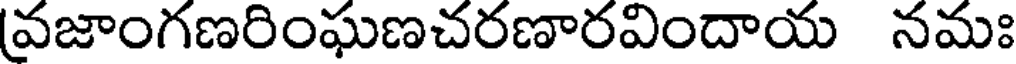
వజాంగణరింఘణచరణారవిందాయ నమః